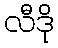
လီဒို